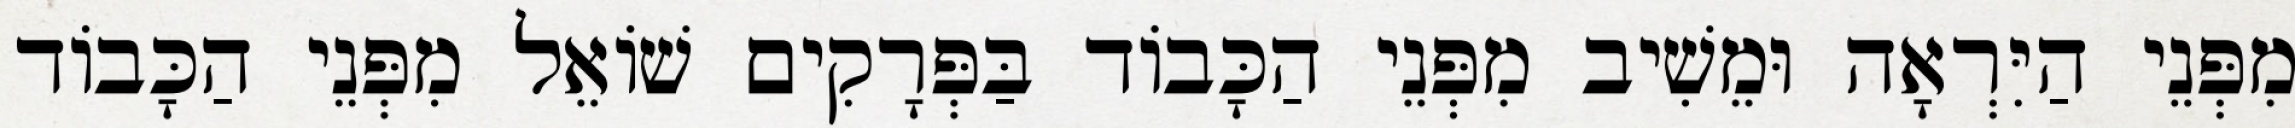
מִפְּנֵי הַיִּרְאָה וּמֵשִׁיב מִפְּנֵי הַכָּבוֹד בַּפְּרָקִים שׁוֹאֵל מִפְּנֵי הַכָּבוֹד